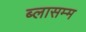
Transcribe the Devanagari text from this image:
ब्लासम्म